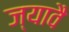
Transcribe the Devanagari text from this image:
ज्यावै